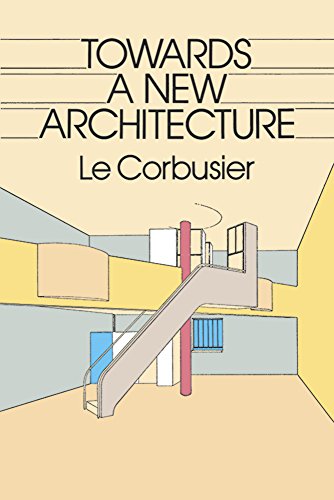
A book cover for Towards a New Architecture (Dover Architecture); Le Corbusier; Arts & Photography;